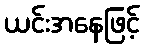
ယင်းအနေဖြင့်